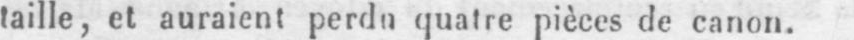
quatre pièces de canon.